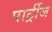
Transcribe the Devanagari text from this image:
पार्ट्रीज